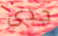
جدى